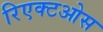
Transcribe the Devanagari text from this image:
रिएक्टओस